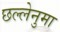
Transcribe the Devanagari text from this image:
छल्लेनुमा